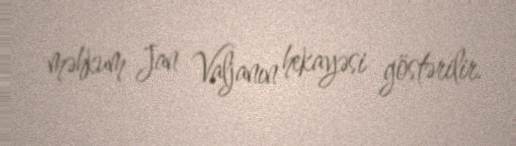
məhkum Jan Valjanın hekayəsi göstərilir.